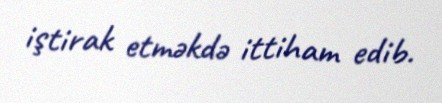
iştirak etməkdə ittiham edib.